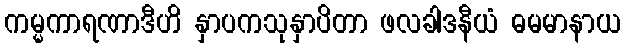
ကမ္မကာရဏာဒီဟိ နှာပကသုနှာပိတာ ဖလခါဒနီယံ ဓမမာနာယ